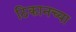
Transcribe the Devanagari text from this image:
ठिकानच्या